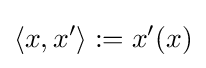
\left\langle x,x^{\prime }\right\rangle :=x^{\prime }(x)